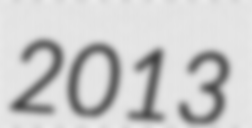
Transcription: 2013